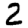
Digit: 2